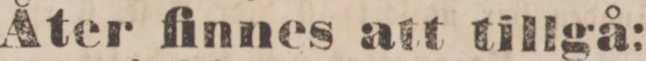
Åter finnes att tillgå: